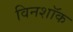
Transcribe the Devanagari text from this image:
विनशॉक